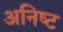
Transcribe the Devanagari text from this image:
अनिष्‍ट